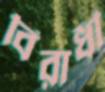
বিরাধী